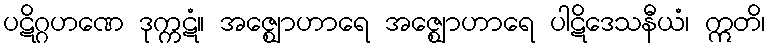
ပဋိဂ္ဂဟဏေ ဒုက္ကဋံ။ အဇ္ဈောဟာရေ အဇ္ဈောဟာရေ ပါဋိဒေသနီယံ၊ ဣတိ၊